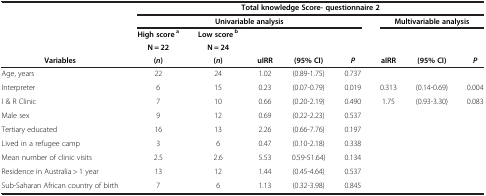
|  | <COLSPAN=8> Total knowledge Score- questionnaire 2 |
 |  | <COLSPAN=5> Univariable analysis | <COLSPAN=3> Multivariable analysis |
 |  | High score a | Low score b |  |  |  |  |  |  |
 |  | N = 22 | N = 24 |  |  |  |  |  |  |
 | Variables | ( n ) | ( n ) | uIRR | (95% CI) | P | aIRR | (95% CI) | P |
 | --- | --- | --- | --- | --- | --- | --- | --- | --- |
 | Age, years | 22 | 24 | 1.02 | (0.89-1.75) | 0.737 |  |  |  |
 | Interpreter | 6 | 15 | 0.23 | (0.07-0.79) | 0.019 | 0.313 | (0.14-0.69) | 0.004 |
 | I & R Clinic | 7 | 10 | 0.66 | (0.20-2.19) | 0.490 | 1.75 | (0.93-3.30) | 0.083 |
 | Male sex | 9 | 12 | 0.69 | (0.22-2.23) | 0.537 |  |  |  |
 | Tertiary educated | 16 | 13 | 2.26 | (0.66-7.76) | 0.197 |  |  |  |
 | Lived in a refugee camp | 3 | 6 | 0.47 | (0.10-2.18) | 0.338 |  |  |  |
 | Mean number of clinic visits | 2.5 | 2.6 | 5.53 | 0.59-51.64) | 0.134 |  |  |  |
 | Residence in Australia > 1 year | 13 | 12 | 1.44 | (0.45-4.64) | 0.537 |  |  |  |
 | Sub-Saharan African country of birth | 7 | 6 | 1.13 | (0.32-3.98) | 0.845 |  |  |  |